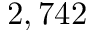
2 , 7 4 2